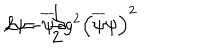
\mathcal { L } = \overline { { { \psi } } } \partial \hspace { - 0 . 2 c m } / \psi - \frac { 1 } { 2 } g ^ { 2 } \left( \overline { { { \psi } } } \psi \right) ^ { 2 }